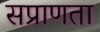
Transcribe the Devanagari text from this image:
सप्राणता